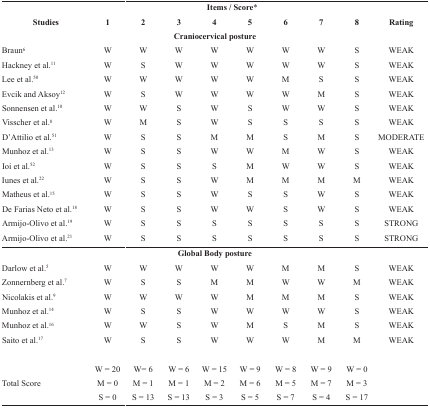
|  | <COLSPAN=8> Items / Score* |  |
 | Studies | 1 | 2 | 3 | 4 | 5 | 6 | 7 | 8 | Rating |
 | --- | --- | --- | --- | --- | --- | --- | --- | --- | --- |
 | <COLSPAN=10> Craniocervical posture |
 | Braun6 | W | W | W | W | W | W | W | S | WEAK |
 | Hackney et al.11 | W | S | W | W | W | W | W | S | WEAK |
 | Lee et al.50 | W | W | W | W | W | M | S | S | WEAK |
 | Evcik and Aksoy12 | W | S | W | W | W | W | M | S | WEAK |
 | Sonnensen et al.10 | W | W | S | W | S | W | W | S | WEAK |
 | Visscher et al.8 | W | M | S | W | S | S | S | S | WEAK |
 | D’Attilio et al.51 | W | S | S | M | M | S | M | S | MODERATE |
 | Munhoz et al.13 | W | S | S | W | W | M | W | S | WEAK |
 | Ioi et al.52 | W | S | S | S | M | W | W | S | WEAK |
 | Iunes et al.22 | W | S | S | W | M | M | M | M | WEAK |
 | Matheus et al.15 | W | S | S | W | S | S | W | S | WEAK |
 | De Farias Neto et al.18 | W | S | S | W | W | S | W | S | WEAK |
 | Armijo-Olivo et al.19 | W | S | S | S | S | S | S | S | STRONG |
 | Armijo-Olivo et al.21 | W | S | S | S | S | S | S | S | STRONG |
 | <COLSPAN=10> Global Body posture |
 | Darlow et al.5 | W | W | W | W | W | M | M | S | WEAK |
 | Zonnernberg et al.7 | W | S | S | M | M | W | W | M | WEAK |
 | Nicolakis et al.9 | W | W | W | W | M | M | M | S | WEAK |
 | Munhoz et al.14 | W | S | S | W | W | W | W | S | WEAK |
 | Munhoz et al.16 | W | W | S | W | M | S | M | S | WEAK |
 | Saito et al.17 | W | S | S | W | W | W | M | M | WEAK |
 |  | W = 20 | W= 6 | W = 6 | W = 15 | W = 9 | W = 8 | W = 9 | W = 0 |  |
 | Total Score | M = 0 | M = 1 | M = 1 | M = 2 | M = 6 | M = 5 | M = 7 | M = 3 |  |
 |  | S = 0 | S = 13 | S = 13 | S = 3 | S = 5 | S = 7 | S = 4 | S = 17 |  |